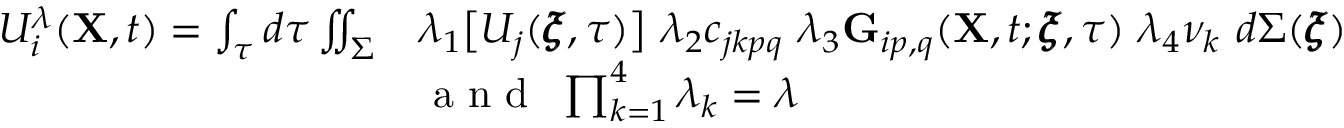
\begin{array} { r l } { U _ { i } ^ { \lambda } ( \mathbf { X } , t ) = \int _ { \tau } d \tau \iint _ { \Sigma } } & { \lambda _ { 1 } \big [ U _ { j } ( \pmb { \xi } , \tau ) \big ] ~ \lambda _ { 2 } c _ { j k p q } ~ \lambda _ { 3 } \mathbf { G } _ { i p , q } ( \mathbf { X } , t ; \pmb { \xi } , \tau ) ~ \lambda _ { 4 } \nu _ { k } ~ d \Sigma ( \pmb { \xi } ) } \\ & { \textnormal { a n d } ~ \prod _ { k = 1 } ^ { 4 } \lambda _ { k } = \lambda } \end{array}